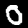
Digit: 0